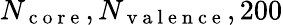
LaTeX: N_{\mathrm{~c~o~r~e~}},N_{\mathrm{~v~a~l~e~n~c~e~}},200